system: You are a helpful assistant.
user:
Analyze the provided spectrum to determine if it is a **S-type Star**.

- **Key Indicators for S-type Star:**

    - **(Overall Spectrum Shape):** The first and most obvious characteristic is the overall continuum (the "baseline" shape). It is **extremely "red-sloping,"** meaning the flux (light intensity) is very low on the left side (blue, ~4000-4500 Å) and rises steeply and continuously toward the right side (red, ~7000 Å+).

    - **(Primary):** The spectrum is defined by the presence of strong, broad molecular absorption "valleys" (bands) from **Zirconium Oxide (ZrO)**. The identification of these bands is the **primary requirement** for classifying a star as S-type.
        - **(Key Bandheads):** You must find distinct, deep "dips" where the light has been absorbed. The most critical band systems to locate are:
            - **~6474 Å** ($\gamma$-system): This is often the strongest and clearest ZrO feature, found in the red part of the spectrum.
            - **~5718 Å** & **~5551 Å** ($\beta$-system): A pair of prominent absorption features in the yellow-orange part of the spectrum.
            - **~4640 Å** ($\alpha$-system): A key absorption band system in the blue-green region of the spectrum.

    - **(Secondary Confirmation):** The classification is strengthened by finding additional absorption bands from other related heavy element oxides, which are expected to be present alongside ZrO.
        - **(Key Bandheads):**
            - **Yttrium Oxide (YO):** Look for absorption dips near **~4800 Å** and **~6100 Å**.
            - **Lanthanum Oxide (LaO):** Additional absorption features, particularly in the red-orange part of the spectrum, are also characteristic.

    - **(Line Profile):** The combination of the steep red continuum and these numerous, deep molecular bands (ZrO, YO, etc.) gives the entire spectrum a very **"chopped-up"** or **"bumpy"** appearance. Instead of a smooth curve, the spectrum looks as though large, wide chunks of light have been "carved out" of it at the specific wavelengths listed above.

Think first, call **spectral_visualization_tool** if needed to examine features in detail, then provide your final answer. Your response must adhere to the following strict rules:
1.  **Overall Structure:** Your response must follow the format `<think>...</think> <tool_call>...</tool_call> (if a tool is used) <answer>...</answer>`.
2.  **Tool Usage Constraint:** You may only make **one** tool call per turn.
3.  **Final Answer Format:** In the `<answer>` tag, your conclusion must be inside a `\boxed{}` command (e.g., `\boxed{YES}` or `\boxed{NO}`), followed by your justification.

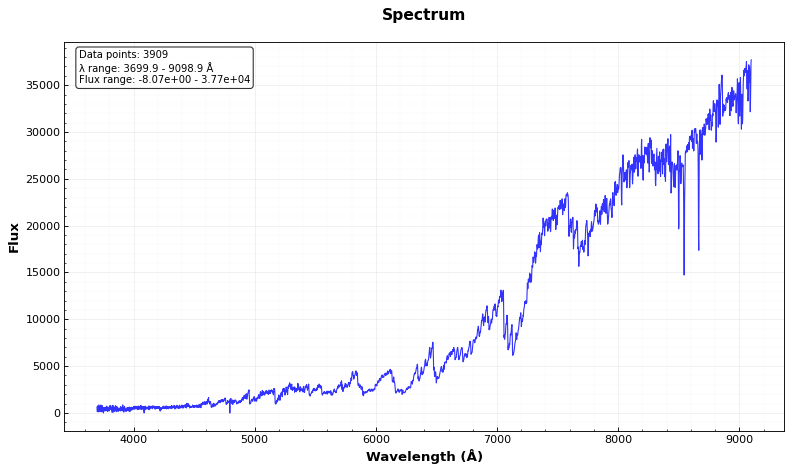
Answer: YES